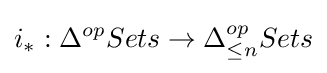
i_{*}:\Delta ^{op}Sets\rightarrow \Delta _{\leq n}^{op}Sets